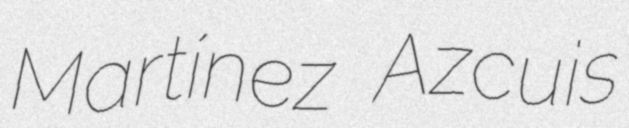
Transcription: Martínez Azcuis